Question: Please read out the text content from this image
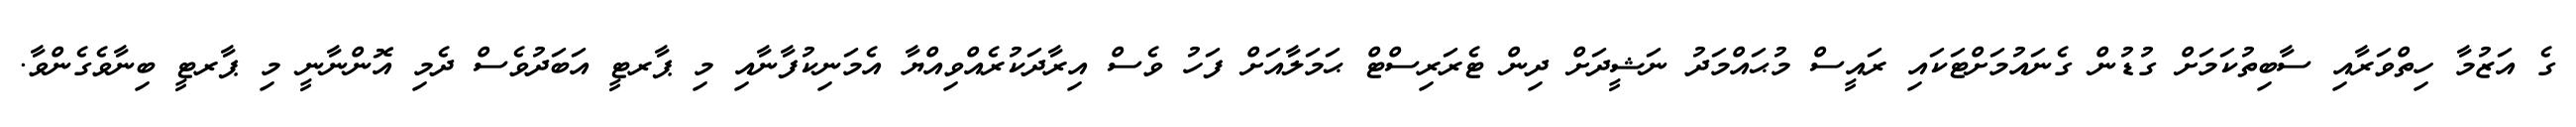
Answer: ގެ އަޒުމާ ހިތްވަރާއި ސާބިތުކަމަށް ގުޑުން ގެނައުމަށްޓަކައި ރައީސް މުޙައްމަދު ނަޝީދަށް ދިން ޓެރަރިސްޓް ޙަމަލާއަށް ފަހު ވެސް އިރާދަކުރެއްވިއްޔާ އެމަނިކުފާނާއި މި ޕާރޓީ އަބަދުވެސް ދެމި އޮންނާނީ މި ޕާރޓީ ބިނާވެގެންވާ.